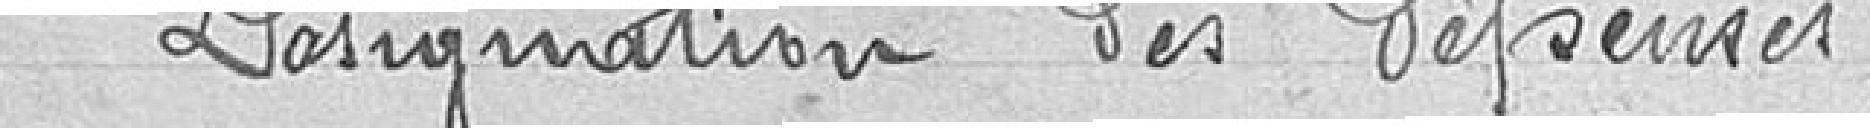
Désignation des dépenses